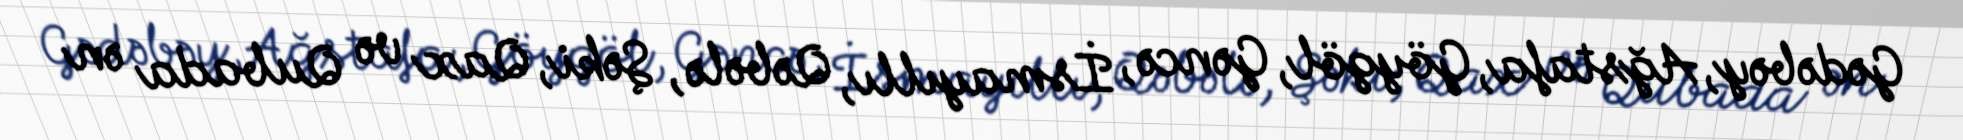
Gədəbəy, Ağstafa, Göygöl, Gəncə, İsmayıllı, Qəbələ, Şəki, Qax və Qubada ən